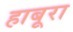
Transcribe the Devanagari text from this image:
हाबूरा